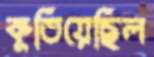
কুঁতিয়েছিল